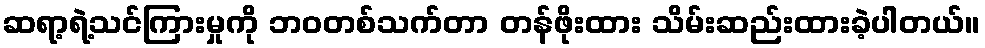
ဆရာ့ရဲ့သင်ကြားမှုကို ဘဝတစ်သက်တာ တန်ဖိုးထား သိမ်းဆည်းထားခဲ့ပါတယ်။